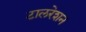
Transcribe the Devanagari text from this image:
टालरेशन